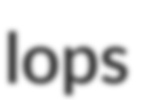
lops